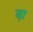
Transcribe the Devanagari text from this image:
ब्ड़ा